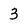
Character: 3